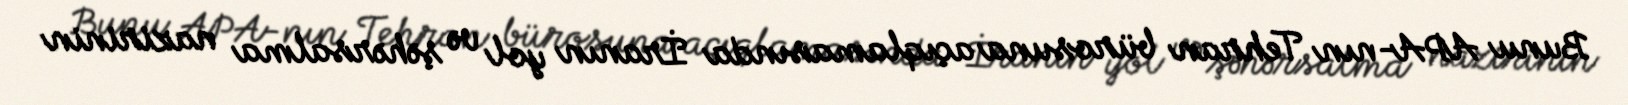
Bunu APA-nın Tehran bürosuna açıqlamasında İranın yol və şəhərsalma nazirinin